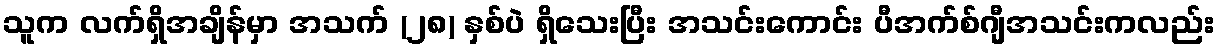
သူက လက်ရှိအချိန်မှာ အသက် (၂၈) နှစ်ပဲ ရှိသေးပြီး အသင်းကောင်း ပီအက်စ်ဂျီအသင်းကလည်း